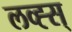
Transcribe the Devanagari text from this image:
लव्ह्स्